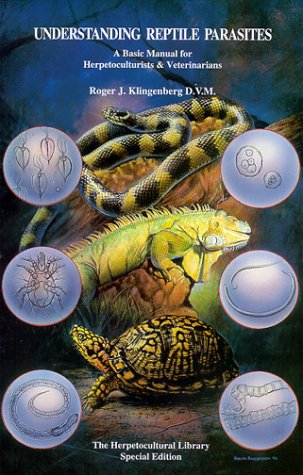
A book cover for Understanding Reptile Parasites: A Basic Manual for Herpetoculturists & Veterinarians (Herpetocultural Library - Special); Roger Klingenberg; Medical Books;